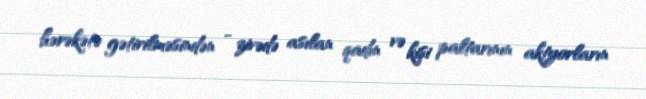
hərəkətə gətirilməsindən - zivədə asılan qadın və kişi paltarının aktyorların